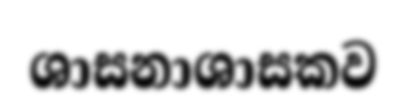
ශාසනාශාසකව